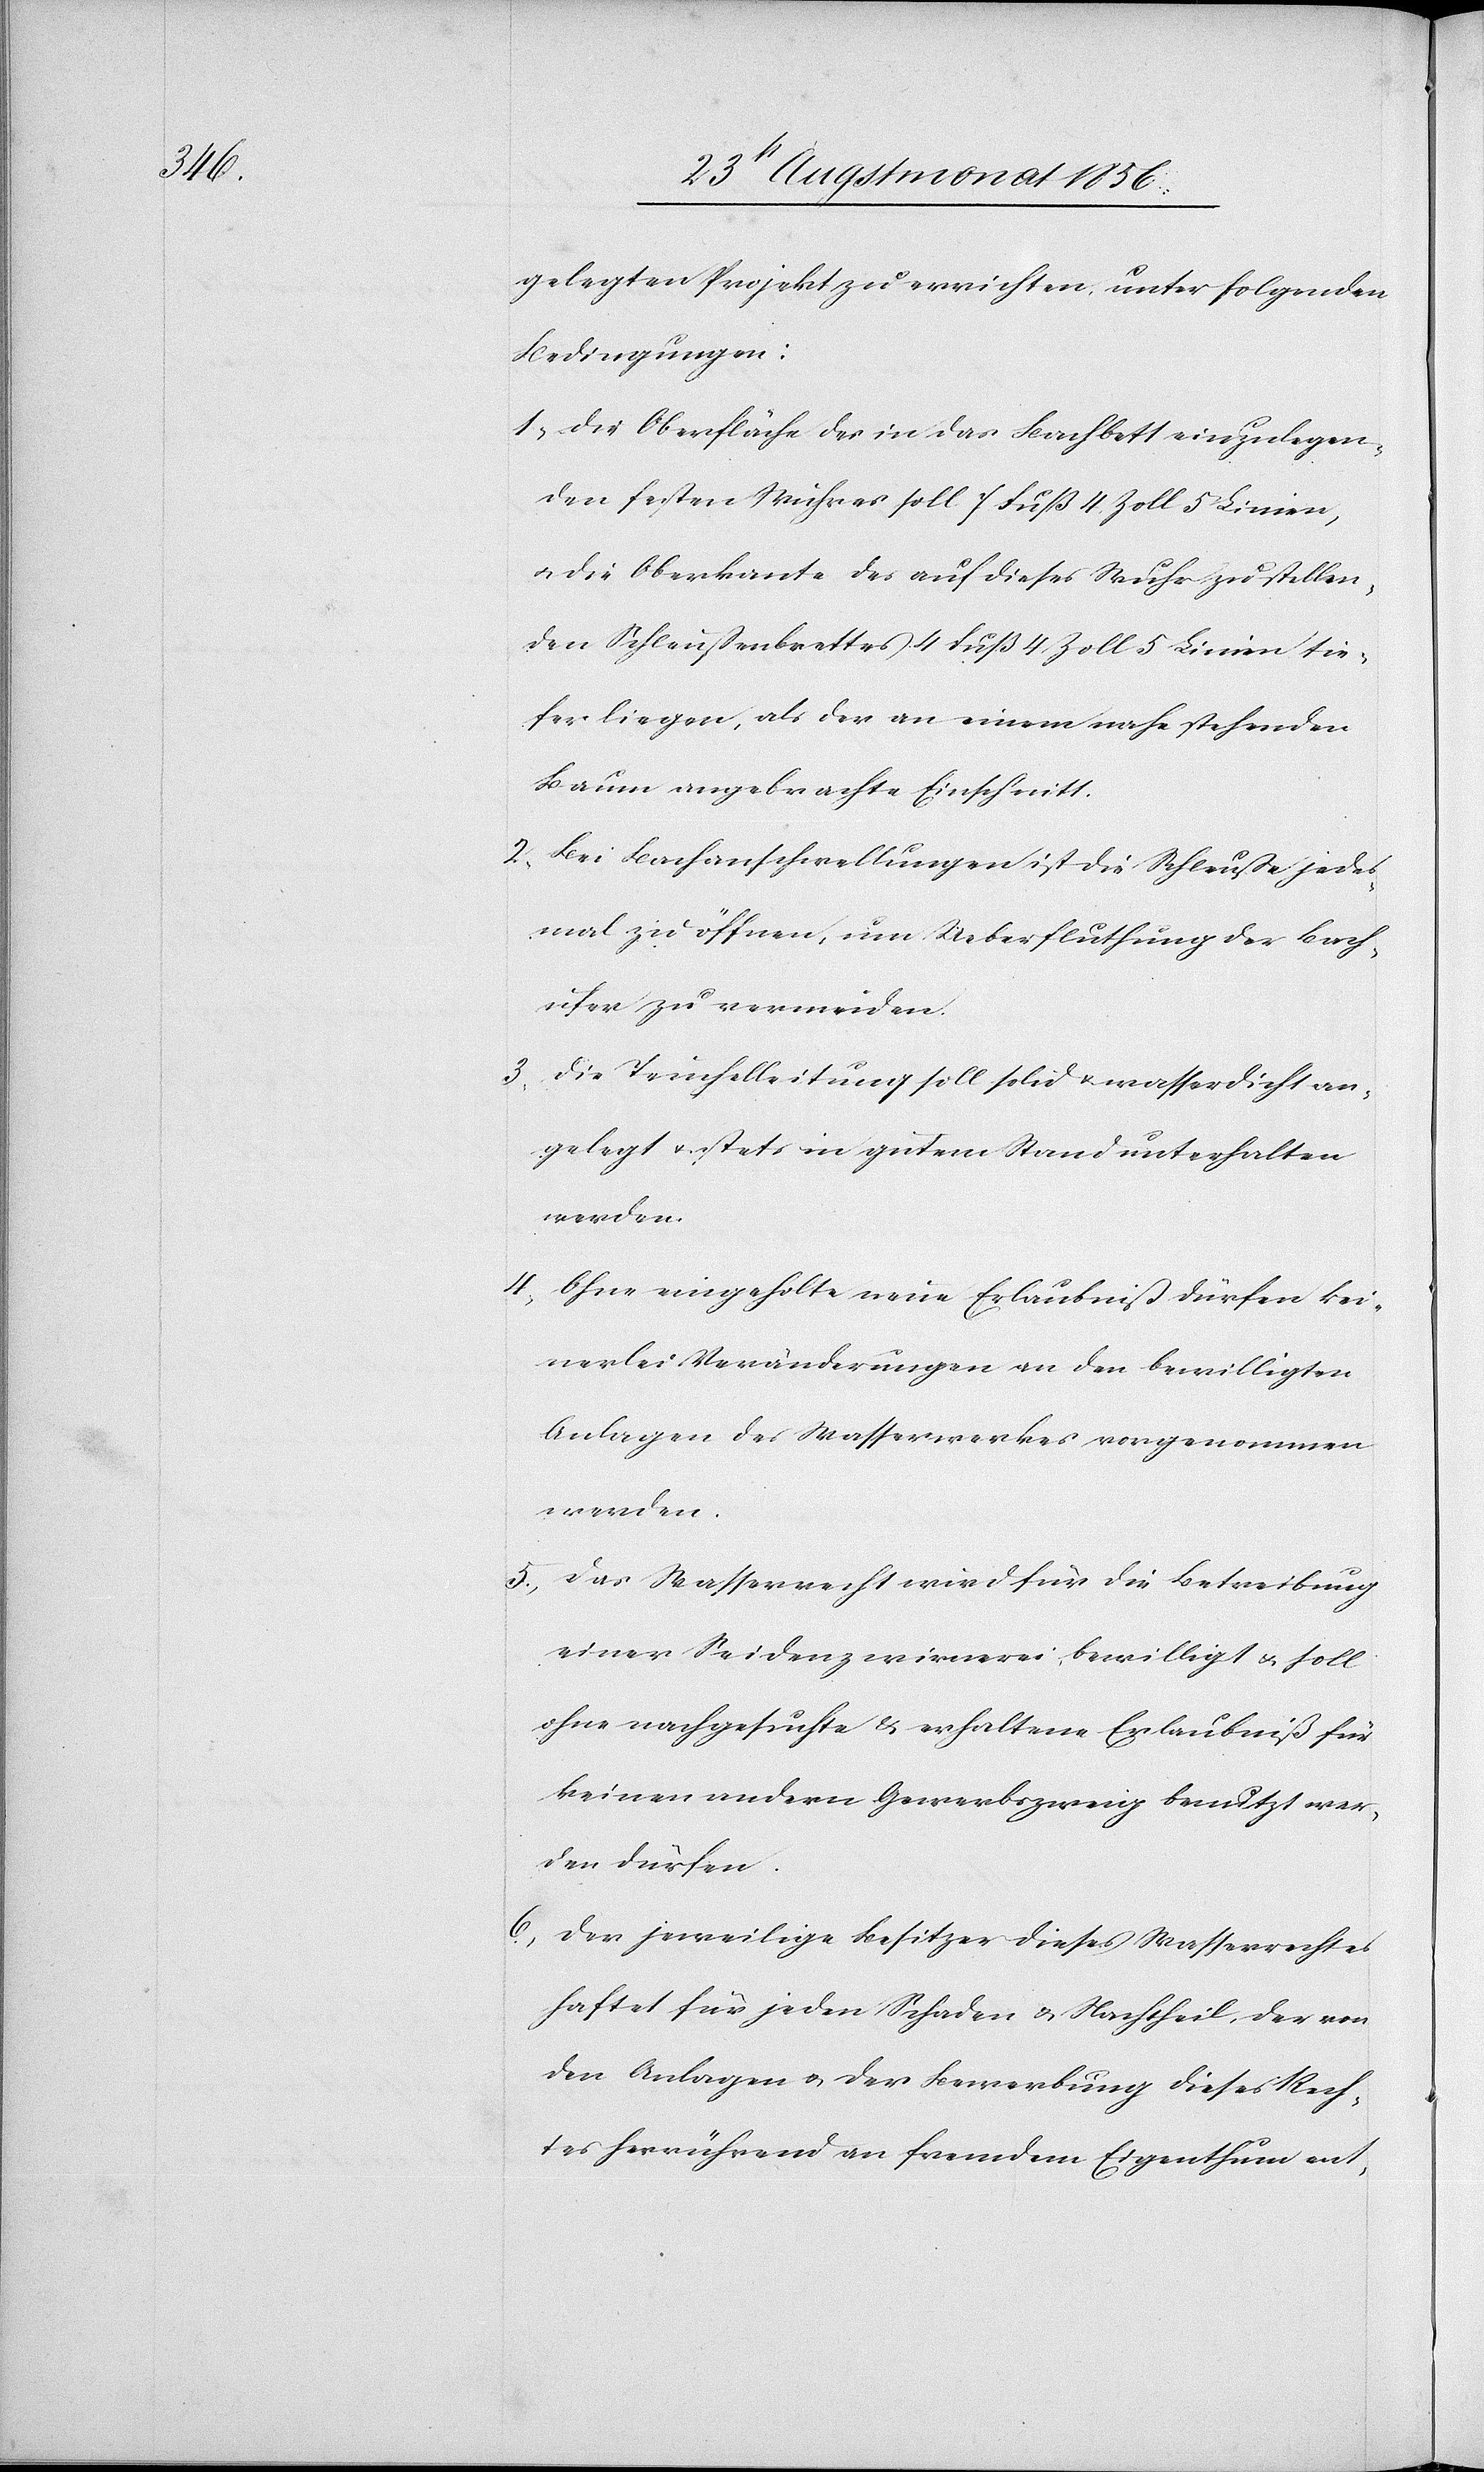
6.)

gelegten Projekt zu errichten unter folgenden
Bedingungen:
1.) Die Oberfläche des in das Bachbett einzulegen¬
den festen Wuhres soll 7 Fuß 4 Zoll 5 Linien,
u. die Oberkante des auf dieses Wuhrs zu stellen¬
den Schleußenbrettes 4 Fuß 4 Zoll 5 Linien tie¬
fer liegen, als der an einem nahe stehenden
Baum angebrachte Einschnitt.
2.) Bei Bachanschwellungen ist die Schleuße jedes¬
mal zu öffnen, um Ueberfluthung der Bach¬
ufer zu vermeiden.
3.) Die Teuchelleitung soll solid u. wasserdicht an¬
gelegt u. stets in gutem Stand unterhalten
werden.
4.) Ohne eingeholte neue Erlaubniß dürfen kei¬
nerlei Veränderungen an den bewilligten
Anlagen des Wasserwerkes vorgenommen
5.) Das Wasserrecht wird für die Betreibung
einer Seidenzwirnerei bewilligt u. soll
ohne nachgesuchte & erhaltene Erlaubniß für
keinen andern Gewerbszweig benutzt wer¬
den dürfen.
Der jeweilige Besitzer dieses Wasserrechtes
haftet für jeden Schaden & Nachtheil, der von
den Anlagen u. der Bewerbung dieses Rech¬
tes herrührend an fremdem Eigenthum ent-